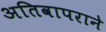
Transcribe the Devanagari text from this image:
अतिवापराने